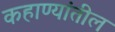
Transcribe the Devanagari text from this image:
कहाण्यांतील